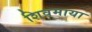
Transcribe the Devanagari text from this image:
शिवमाया